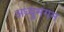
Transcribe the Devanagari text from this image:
अध्युमगम